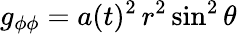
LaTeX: g_{\phi\phi}=a(t)^{2}\, r^{2}\sin^{2}\theta